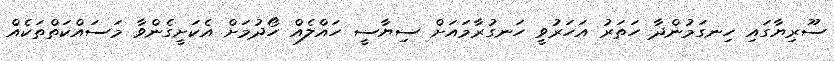
ސޫރިޔާގައި ހިނގަމުންދާ ހަތަރު އަހަރުވީ ހަނގުރާމައަށް ސިޔާސީ ހައްލެއް ހޯދުމަށް އެކަށީގެންވާ މަސައްކަތްތަކެއް